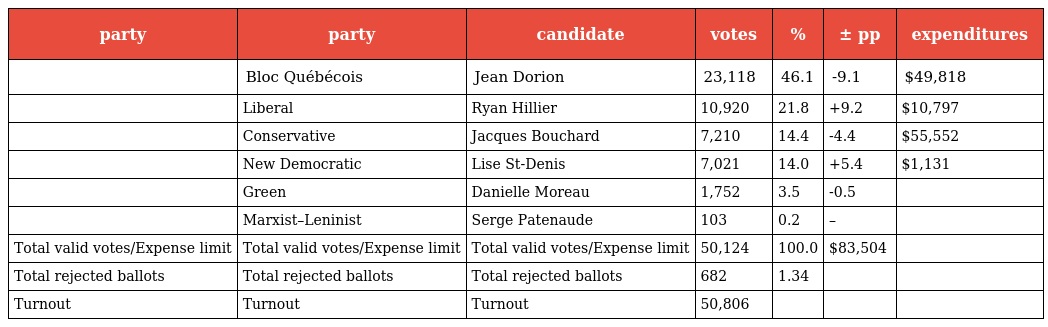
| party | party | candidate | votes | % | ± pp | expenditures |
 | --- | --- | --- | --- | --- | --- | --- |
 |  | Bloc Québécois | Jean Dorion | 23,118 | 46.1 | -9.1 | $49,818 |
 |  | Liberal | Ryan Hillier | 10,920 | 21.8 | +9.2 | $10,797 |
 |  | Conservative | Jacques Bouchard | 7,210 | 14.4 | -4.4 | $55,552 |
 |  | New Democratic | Lise St-Denis | 7,021 | 14.0 | +5.4 | $1,131 |
 |  | Green | Danielle Moreau | 1,752 | 3.5 | -0.5 |  |
 |  | Marxist–Leninist | Serge Patenaude | 103 | 0.2 | – |  |
 | Total valid votes/Expense limit | Total valid votes/Expense limit | Total valid votes/Expense limit | 50,124 | 100.0 | $83,504 |  |
 | Total rejected ballots | Total rejected ballots | Total rejected ballots | 682 | 1.34 |  |  |
 | Turnout | Turnout | Turnout | 50,806 |  |  |  |